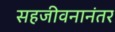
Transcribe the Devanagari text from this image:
सहजीवनानंतर